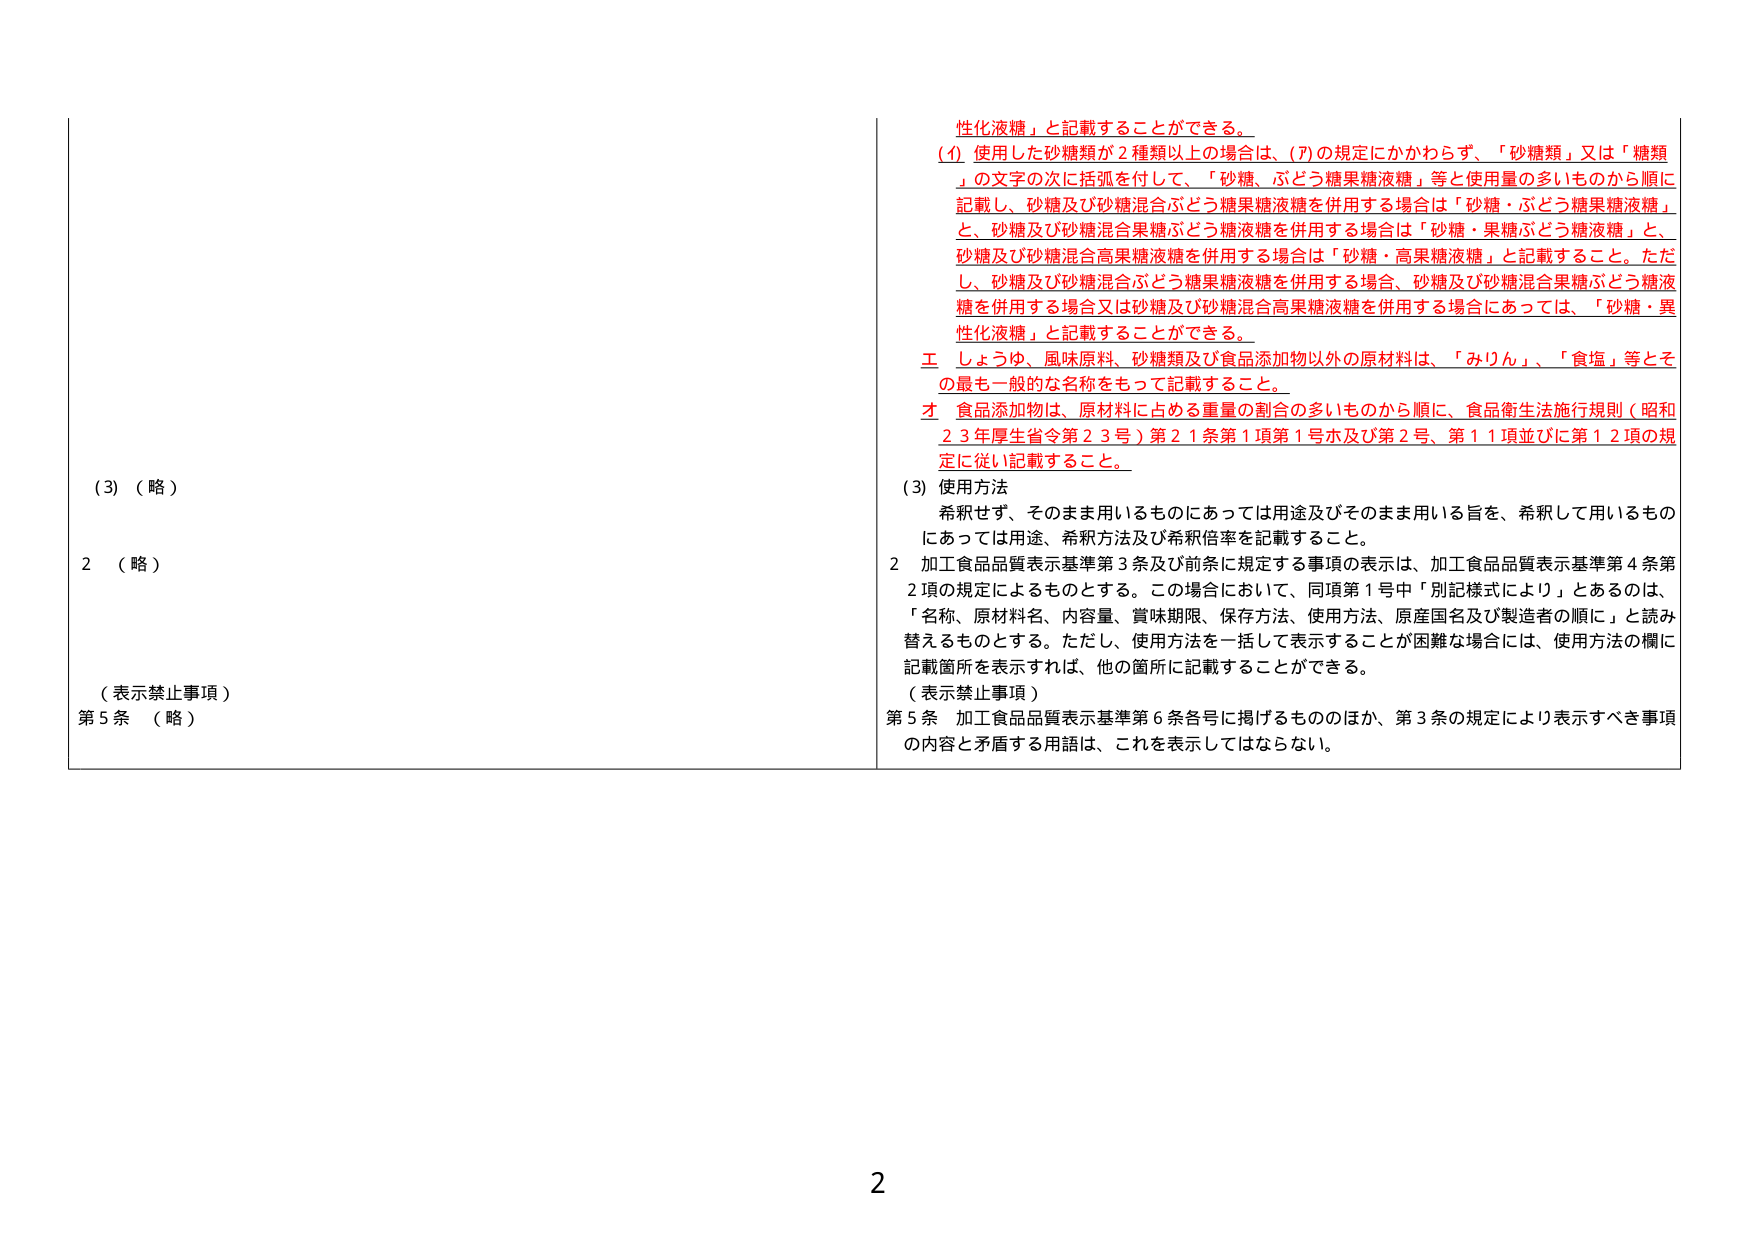
性化液糖」と記載することができる。

(イ) 使用した砂糖類が２種類以上の場合、(ア)の規定にかかわらず、「砂糖類」又は「糖類」の文字の次に括弧を付して、「砂糖、ぶどう糖果糖液糖」等と使用量の多いものから順に記載し、砂糖及び砂糖混合ぶどう糖果糖液糖を併用する場合は「砂糖・ぶどう糖果糖液糖」と、砂糖及び砂糖混合果糖ぶどう糖液糖を併用する場合は「砂糖・果糖ぶどう糖液糖」と、砂糖及び砂糖混合高果糖液糖を併用する場合は「砂糖・高果糖液糖」と記載すること。ただし、砂糖及び砂糖混合ぶどう糖果糖液糖を併用する場合、砂糖及び砂糖混合果糖ぶどう糖液糖を併用する場合又は砂糖及び砂糖混合高果糖液糖を併用する場合にあっては、「砂糖・異性化液糖」と記載することができる。

エ しょうゆ、風味原料、砂糖類及び食品添加物以外の原材料は、「みりん」、「食塩」等とその最も一般的な名称をもって記載すること。

オ 食品添加物は、原材料に占める重量の割合の多いものから順に、食品衛生法施行規則（昭和23年厚生省令第23号）第21条第1項第1号ホ及び第2号、第11項並びに第12項の規定に従い記載すること。

(3) 使用方法
希釈せず、そのまま用いるものにあっては用途及びそのまま用いる旨を、希釈して用いるものにあっては用途、希釈方法及び希釈倍率を記載すること。

2 加工食品品質表示基準第3条及び前条に規定する事項の表示は、加工食品品質表示基準第4条第2項の規定によるものとする。この場合において、同項第1号中「別記様式により」とあるのは、「名称、原材料名、内容量、賞味期限、保存方法、使用方法、原産国名及び製造者の順に」と読み替えるものとする。ただし、使用方法を一括して表示することが困難な場合には、使用方法の欄に記載箇所を表示すれば、他の箇所に記載することができる。

（表示禁止事項）
第5条 加工食品品質表示基準第6条各号に掲げるもののほか、第3条の規定により表示すべき事項の内容と矛盾する用語は、これを表示してはならない。

(3) （略）
2 （略）
（表示禁止事項）
第5条 （略）

2